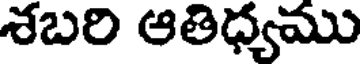
శబరి ఆతిధ్యము